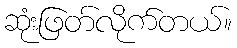
ဆုံးဖြတ်လိုက်တယ်။